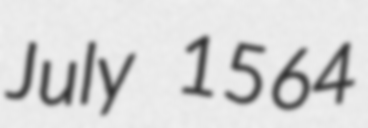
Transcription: July 1564